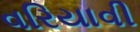
વરિયાવી